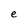
Character: e